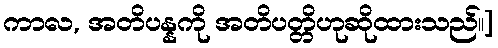
ကာလ, အတိပန္နကို အတိပတ္တိဟုဆိုထားသည်၊၊]